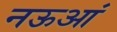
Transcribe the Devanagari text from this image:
नऊआं